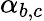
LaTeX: \alpha_{b,c}